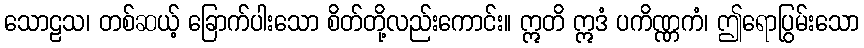
သောဠသ၊ တစ်ဆယ့် ခြောက်ပါးသော စိတ်တို့လည်းကောင်း။ ဣတိ ဣဒံ ပကိဏ္ဏကံ၊ ဤရောပြွမ်းသော